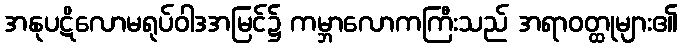
အနုပဋိလောမရုပ်ဝါဒအမြင်၌ ကမ္ဘာလောကကြီးသည် အရာဝတ္ထုများ၏